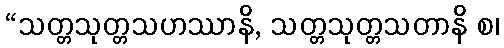
“သတ္တသုတ္တသဟဿာနိ, သတ္တသုတ္တသတာနိ စ၊